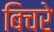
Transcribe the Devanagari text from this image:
बिचरे